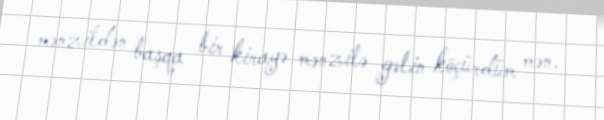
mənzildən başqa bir kirayə mənzilə gəlin köçürdüm mən.